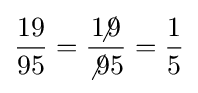
{\frac {19}{95}}={\frac {1\!\!\!\not 9}{\not 95}}={\frac {1}{5}}